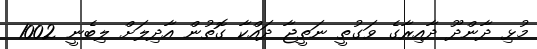
މުޅި ދާންދޫ ދާއިރާގެ ވަގުތީ ނަތީޖާ ދައްކާ ގޮތުން އާދިލަށް ލިބެނީ 1002